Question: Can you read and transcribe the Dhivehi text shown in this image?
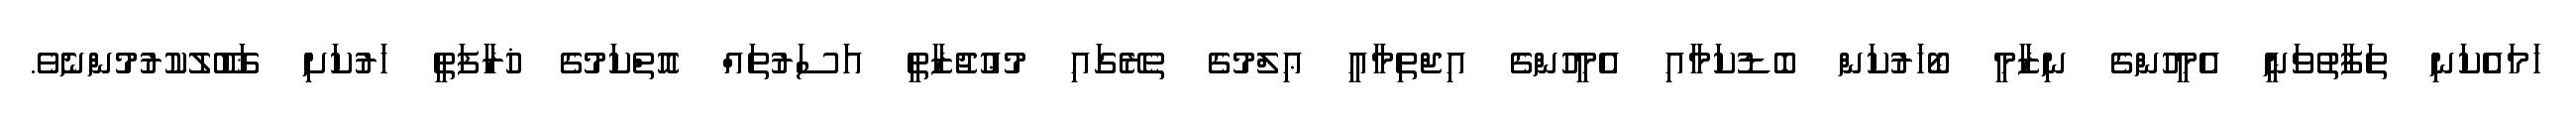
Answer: ހަމައެކަނި ތަފާތުވަނީ އެމީހުންގެ ނިޒާމީ ބޯހަރުކަން ބޮޑުކަމާއި އެމީހުންގެ އިޖްތިމާޢީ ޢިލްމުގެ ތެރޭގައި މުޢުޖުޒާތީ އަސަރުތައް އޮތްކަމުގެ ޚުރާފަތީ ހަރުކަށި ޤަބޫލުކުރުމުންނެވެ.